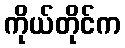
ကိုယ်တိုင်က